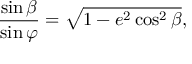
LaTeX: { \frac { \sin \beta } { \sin \varphi } } = { \sqrt { 1 - e ^ { 2 } \cos ^ { 2 } \beta } } ,